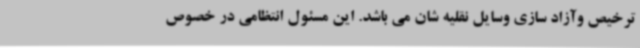
ترخیص وآزاد سازی وسایل نقلیه شان می باشد. این مسئول انتظامی در خصوص